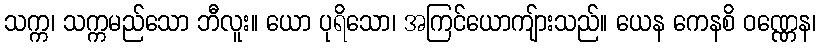
သက္က၊ သက္ကမည်သော ဘီလူး။ ယော ပုရိသော၊ အကြင်ယောကျ်ားသည်။ ယေန ကေနစိ ဝဏ္ဏေန၊